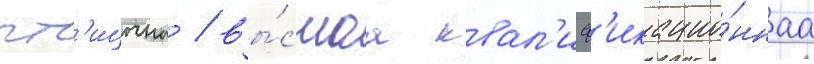
пт'ицына / вы́сшаа квал'иф'икацио́ннаа